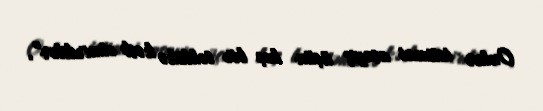
Onlar ictimai asayiş üçün heç bir təhlükə kəsb etmirdilər”.